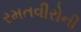
રમતવીરોની